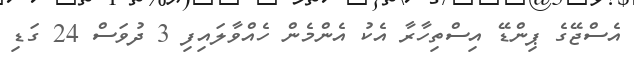
އެސްޖޭގެ ޕިންޑޭ އިސްތިހާރާ އެކު އެންމެން ހެއްވާލައިފި 3 ދުވަސް 24 ގަޑި